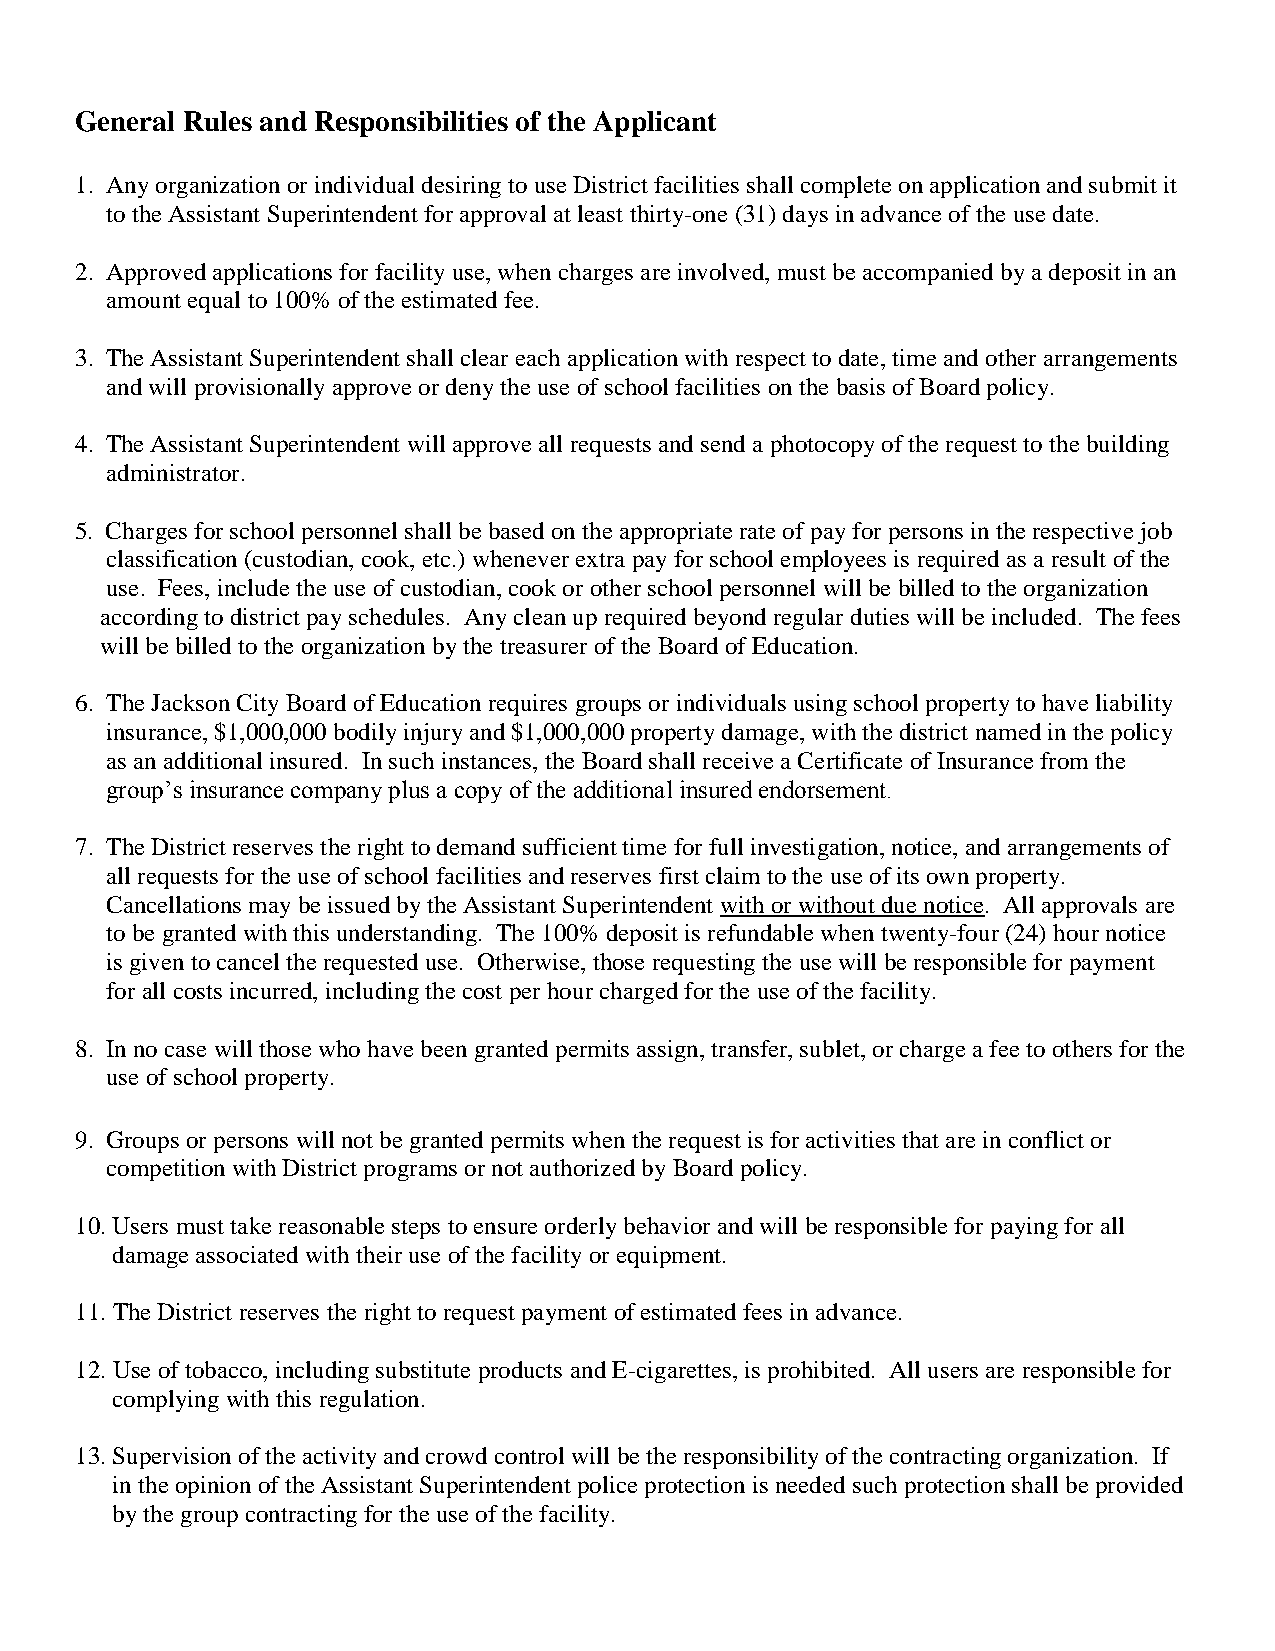
General Rules and Responsibilities of the Applicant
 1. Any organization or individual desiring to use District facilities shall complete on application and submit it
 to the Assistant Superintendent for approval at least thirty-one (31) days in advance of the use date.
 2. Approved applications for facility use, when charges are involved, must be accompanied by a deposit in an
 amount equal to 100% of the estimated fee.
 3. The Assistant Superintendent shall clear each application with respect to date, time and other arrangements
 and will provisionally approve or deny the use of school facilities on the basis of Board policy.
 4. The Assistant Superintendent will approve all requests and send a photocopy of the request to the building
 administrator.
 5. Charges for school personnel shall be based on the appropriate rate of pay for persons in the respective job
 classification (custodian, cook, etc.) whenever extra pay for school employees is required as a result of the
 use. Fees, include the use of custodian, cook or other school personnel will be billed to the organization
 according to district pay schedules. Any clean up required beyond regular duties will be included. The fees
 will be billed to the organization by the treasurer of the Board of Education.
 6. The Jackson City Board of Education requires groups or individuals using school property to have liability
 insurance, $1,000,000 bodily injury and $1,000,000 property damage, with the district named in the policy
 as an additional insured. In such instances, the Board shall receive a Certificate of Insurance from the
 group’s insurance company plus a copy of the additional insured endorsement.
 7. The District reserves the right to demand sufficient time for full investigation, notice, and arrangements of
 all requests for the use of school facilities and reserves first claim to the use of its own property.
 Cancellations may be issued by the Assistant Superintendent with or without due notice. All approvals are
 to be granted with this understanding. The 100% deposit is refundable when twenty-four (24) hour notice
 is given to cancel the requested use. Otherwise, those requesting the use will be responsible for payment
 for all costs incurred, including the cost per hour charged for the use of the facility.
 8. In no case will those who have been granted permits assign, transfer, sublet, or charge a fee to others for the
 use of school property.
 9. Groups or persons will not be granted permits when the request is for activities that are in conflict or
 competition with District programs or not authorized by Board policy.
 10. Users must take reasonable steps to ensure orderly behavior and will be responsible for paying for all
 damage associated with their use of the facility or equipment.
 11. The District reserves the right to request payment of estimated fees in advance.
 12. Use of tobacco, including substitute products and E-cigarettes, is prohibited. All users are responsible for
 complying with this regulation.
 13. Supervision of the activity and crowd control will be the responsibility of the contracting organization. If
 in the opinion of the Assistant Superintendent police protection is needed such protection shall be provided
 by the group contracting for the use of the facility.